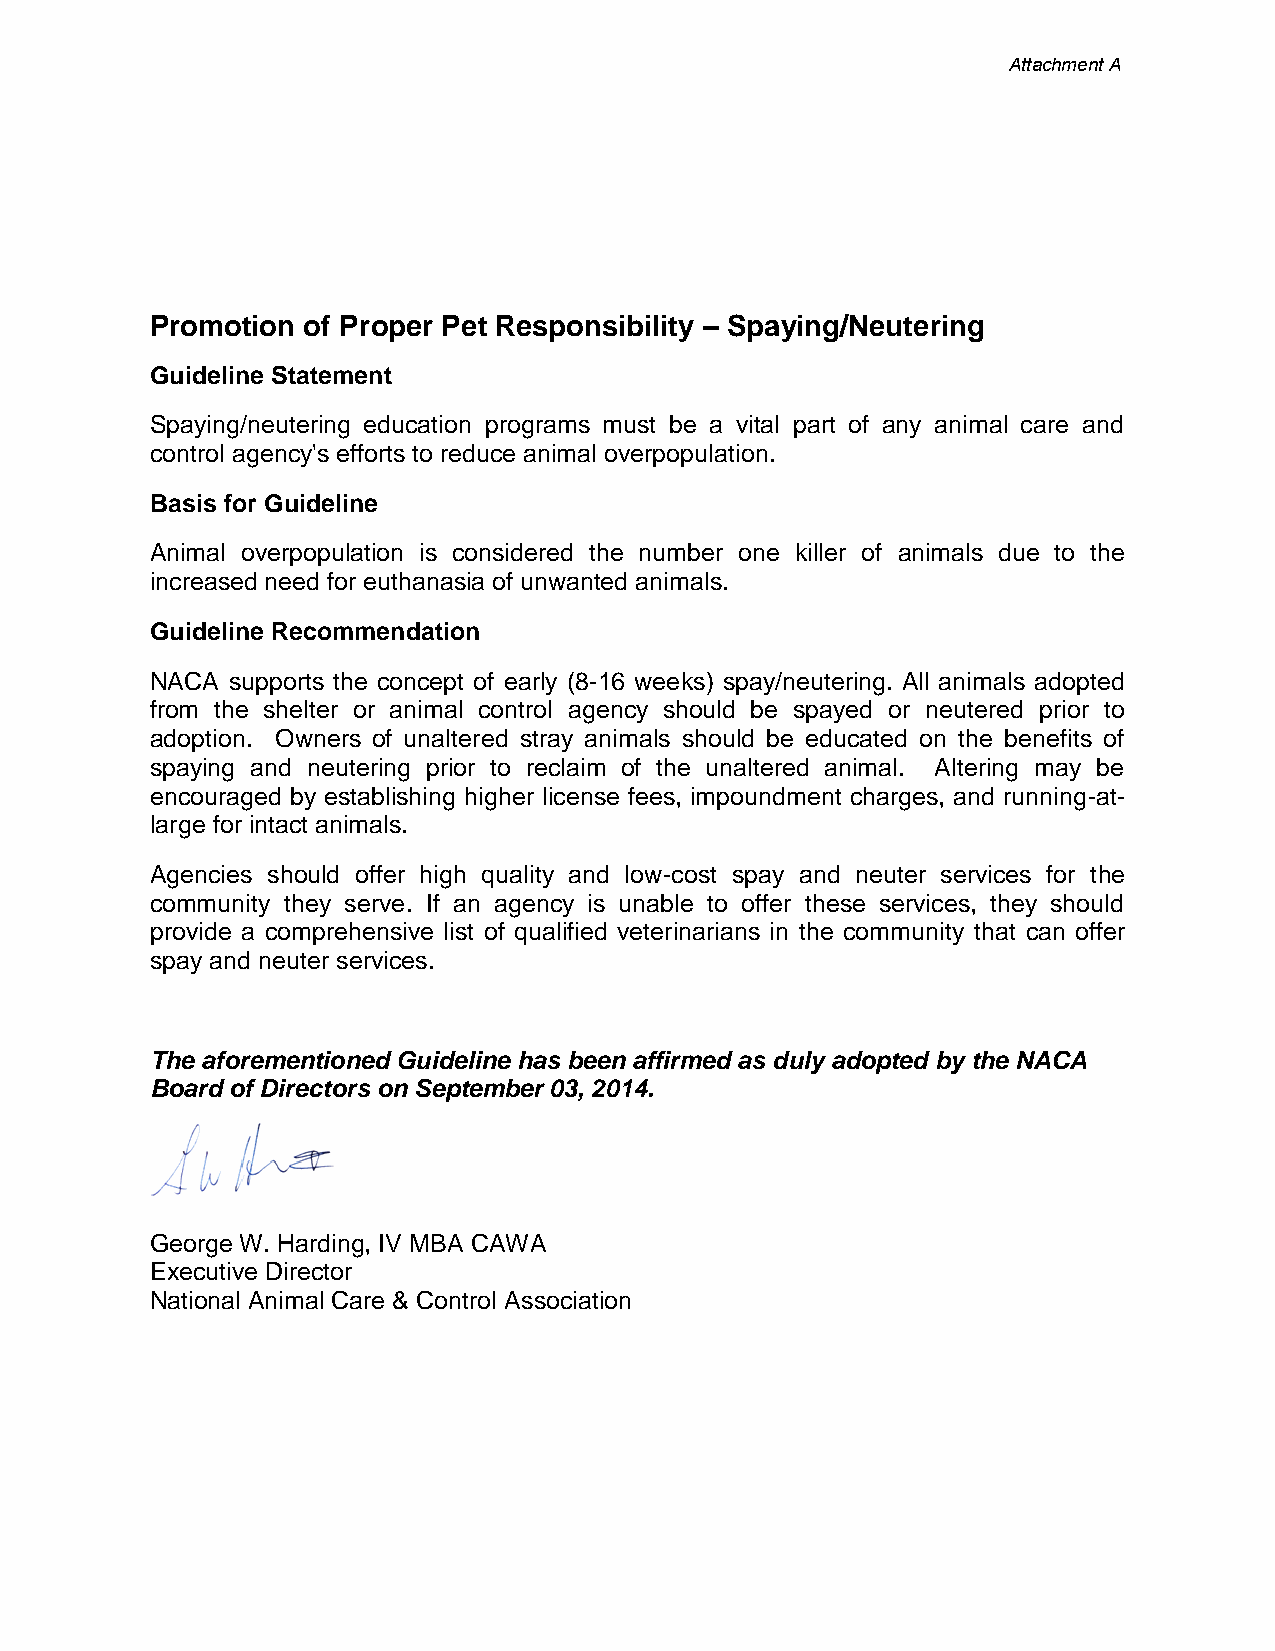
Attachment A
 Promotion of Proper Pet Responsibility – Spaying/Neutering
 Guideline Statement
 Spaying/neutering education programs must be a vital part of any animal care and
 control agency's efforts to reduce animal overpopulation.
 Basis for Guideline
 Animal overpopulation is considered the number one killer of animals due to the
 increased need for euthanasia of unwanted animals.
 Guideline Recommendation
 NACA supports the concept of early (8-16 weeks) spay/neutering. All animals adopted
 from the shelter or animal control agency should be spayed or neutered prior to
 adoption. Owners of unaltered stray animals should be educated on the benefits of
 spaying and neutering prior to reclaim of the unaltered animal. Altering may be
 encouraged by establishing higher license fees, impoundment charges, and running-at-
 large for intact animals.
 Agencies should offer high quality and low-cost spay and neuter services for the
 community they serve. If an agency is unable to offer these services, they should
 provide a comprehensive list of qualified veterinarians in the community that can offer
 spay and neuter services.
 The aforementioned Guideline has been affirmed as duly adopted by the NACA
 Board of Directors on September 03, 2014.
 George W. Harding, IV MBA CAWA
 Executive Director
 National Animal Care & Control Association